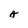
Character: A